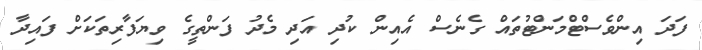
ފަދަ އިންވެސްޓްމަންޓުތައް ގެނެސް އެއިން ކުދި އަދި މެދު ފަންތީގެ ވިޔަފާރިތަކަށް ފައިދާ